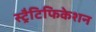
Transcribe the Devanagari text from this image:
स्ट्रैटिफिकेशन